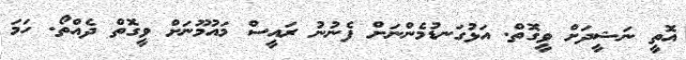
އޮތީ ނަޝީދަށް ވީގޮތް. އަޅުގަނޑުމެންނަށް ފެނުނު ރައީސް މައުމޫނަށް ވީގޮތް ދެއްތޯ. ހަމަ